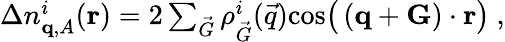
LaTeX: \begin{array}{r}{\Delta n_{\mathbf{q},A}^{i}(\mathbf{r})=2\sum_{\vec{G}}{\rho_{\vec{G}}^{i}(\vec{q})}\textnormal{cos}\big(\left(\mathbf{q}+\mathbf{G}\right)\cdot\mathbf{r}\big)\ ,}\end{array}